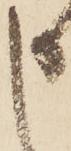
申